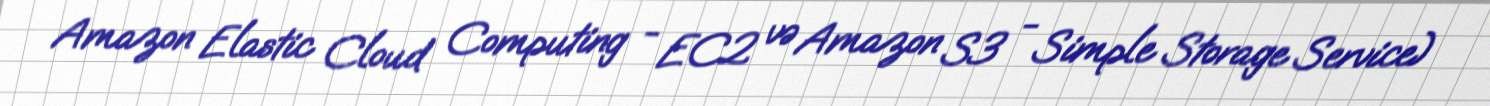
Amazon Elastic Cloud Computing - EC2 və Amazon S3 - Simple Storage Service)